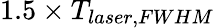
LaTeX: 1.5\times T_{laser,FWHM}